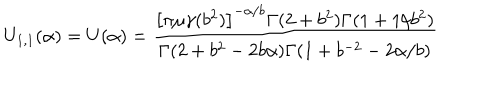
U _ { 1 , 1 } ( \alpha ) = U ( \alpha ) = \frac { \left[ \pi \mu \gamma ( b ^ { 2 } ) \right] ^ { - \alpha / b } \Gamma ( 2 + b ^ { 2 } ) \Gamma ( 1 + 1 / b ^ { 2 } ) } { \Gamma ( 2 + b ^ { 2 } - 2 b \alpha ) \Gamma ( 1 + b ^ { - 2 } - 2 \alpha / b ) }